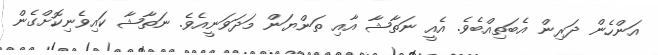
އަންހެން ދަރިން އެބަތިއްބެވެ. އެއީ ނަތާޝާ އާއި ތަންޔަން މަދަވަނީއެވެ. ނަތާޝާ ކައިވެނިކޮށްގެން